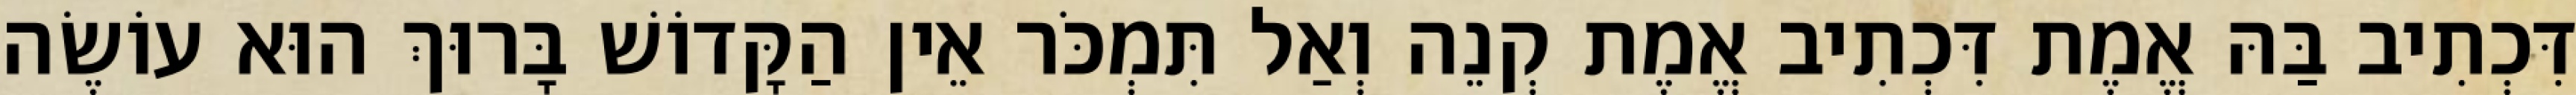
דִּכְתִיב בַּהּ אֱמֶת דִּכְתִיב אֱמֶת קְנֵה וְאַל תִּמְכֹּר אֵין הַקָּדוֹשׁ בָּרוּךְ הוּא עוֹשֶׂה